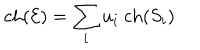
\mathrm { c h } ( { \cal E } ) = \sum _ { i } u _ { i } \ \mathrm { c h } ( S _ { i } )